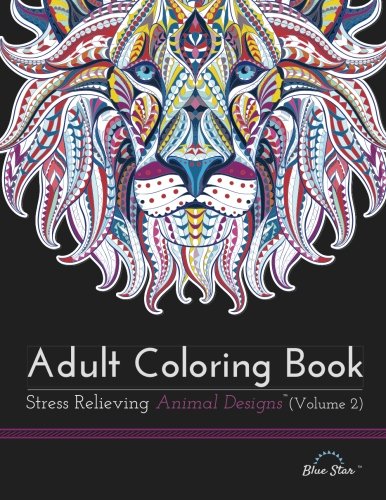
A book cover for Adult Coloring Book: Stress Relieving Animal Designs Volume 2; Blue Star Coloring; Humor & Entertainment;